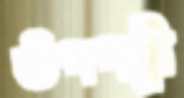
উপপত্নী